Reports on dispensaries and lunatic asylums in the Province of Oudh - 1869-1876
Year: 1869
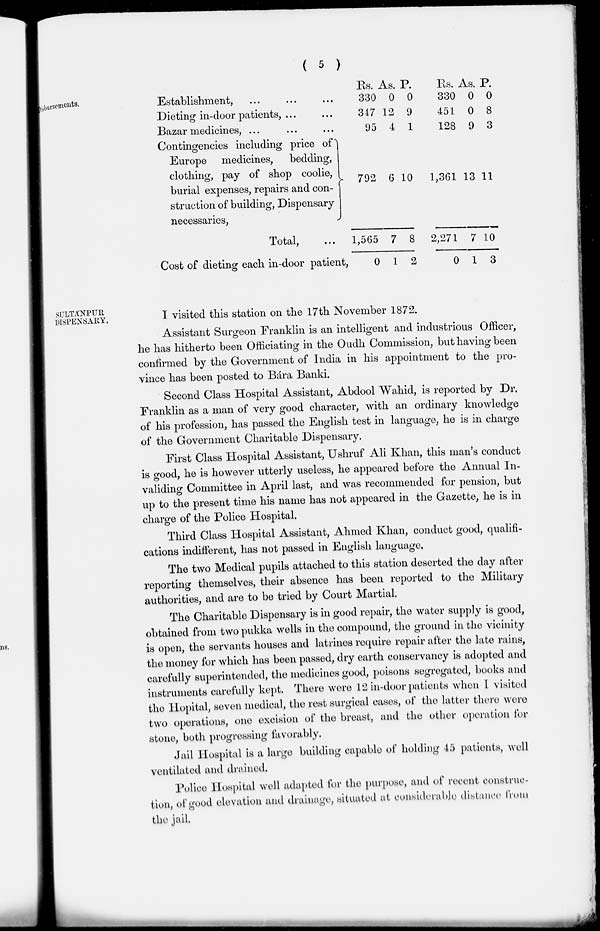
( 5 )
Disbursements.
Establishment, ... ... ...
Dieting in-door patients, ... ...
Bazar medicines, ... ... ...
Contingencies including price of
Europe medicines, bedding,
clothing, pay of shop coolie,
burial expenses, repairs and con-
struction of building, Dispensary-
necessaries,
Total, ...
Cost of dieting each in-door patient,
Rs.
330
347
95
792
1,565
0
As.
0
12
4
6
7
1
P.
0
9
1
10
8
2
Rs.
330
451
128
1,361
2,271
0
As.
0
0
9
13
7
1
P.
0
8
3
11
10
3
SULTÁNPUR
DISPENSARY.
I visited this station on the 17th November 1872.
Assistant Surgeon Franklin is an intelligent and industrious Officer,
he has hitherto been Officiating in the Oudh Commission, but having been
confirmed by the Government of India in his appointment to the pro-
vince has been posted to Bára Banki.
Second Class Hospital Assistant, Abdool Wahid, is reported by Dr.
Franklin as a man of very good character, with an ordinary knowledge
of his profession, has passed the English test in language, he is in charge
of the Government Charitable Dispensary.
First Class Hospital Assistant, Ushruf Ali Khan, this man's conduct
is good, he is however utterly useless, he appeared before the Annual In-
validing Committee in April last, and was recommended for pension, but
up to the present time his name has not appeared in the Gazette, he is in
charge of the Police Hospital.
Third Class Hospital Assistant, Ahmed Khan, conduct good, qualifi-
cations indifferent, has not passed in English language.
The two Medical pupils attached to this station deserted the day after
reporting themselves, their absence has been reported to the Military
authorities, and are to be tried by Court Martial.
The Charitable Dispensary is in good repair, the water supply is good,
obtained from two pukka wells in the compound, the ground in the vicinity
is open, the servants houses and latrines require repair after the late rains,
the money for which has been passed, dry earth conservancy is adopted and
carefully superintended, the medicines good, poisons segregated, books and
instruments carefully kept. There were 12 in-door patients when I visited
the Hopital, seven medical, the rest surgical cases, of the latter there were
two operations, one excision of the breast, and the other operation for
stone, both progressing favorably.
Jail Hospital is a large building capable of holding 45 patients, well
ventilated and drained.
Police Hospital well adapted for the purpose, and of recent construc-
tion, of good elevation and drainage, situated at considerable distance from
the jail.